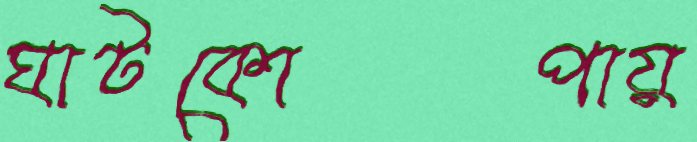
ঘাটকোপায়